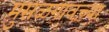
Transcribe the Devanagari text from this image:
मुसळगावच्या